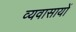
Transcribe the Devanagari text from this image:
व्यवासायों